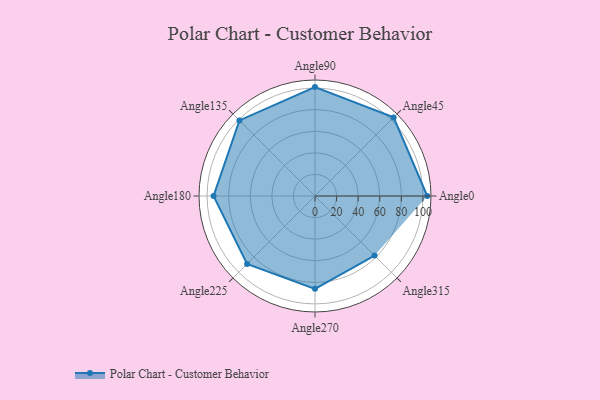
{"axis": {"x": "Angle", "y": "Radius"}, "legend": [""], "data": [{"x": "Angle0", "y": 104.0, "type": ""}, {"x": "Angle45", "y": 103.0, "type": ""}, {"x": "Angle90", "y": 101.0, "type": ""}, {"x": "Angle135", "y": 99.0, "type": ""}, {"x": "Angle180", "y": 94.0, "type": ""}, {"x": "Angle225", "y": 89.0, "type": ""}, {"x": "Angle270", "y": 86.0, "type": ""}, {"x": "Angle315", "y": 78.0, "type": ""}]}